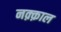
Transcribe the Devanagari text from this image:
नक़्क़ाल